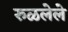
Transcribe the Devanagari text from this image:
रुळलेले